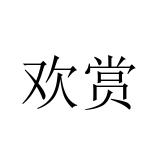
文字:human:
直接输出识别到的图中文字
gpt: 欢赏